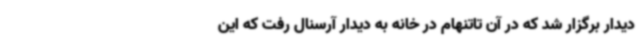
دیدار برگزار شد که در آن تاتنهام در خانه به دیدار آرسنال رفت که این